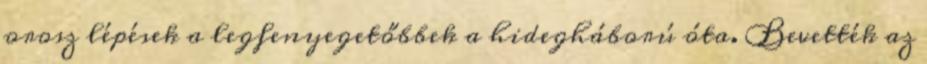
orosz lépések a legfenyegetőbbek a hidegháború óta. Bevették az